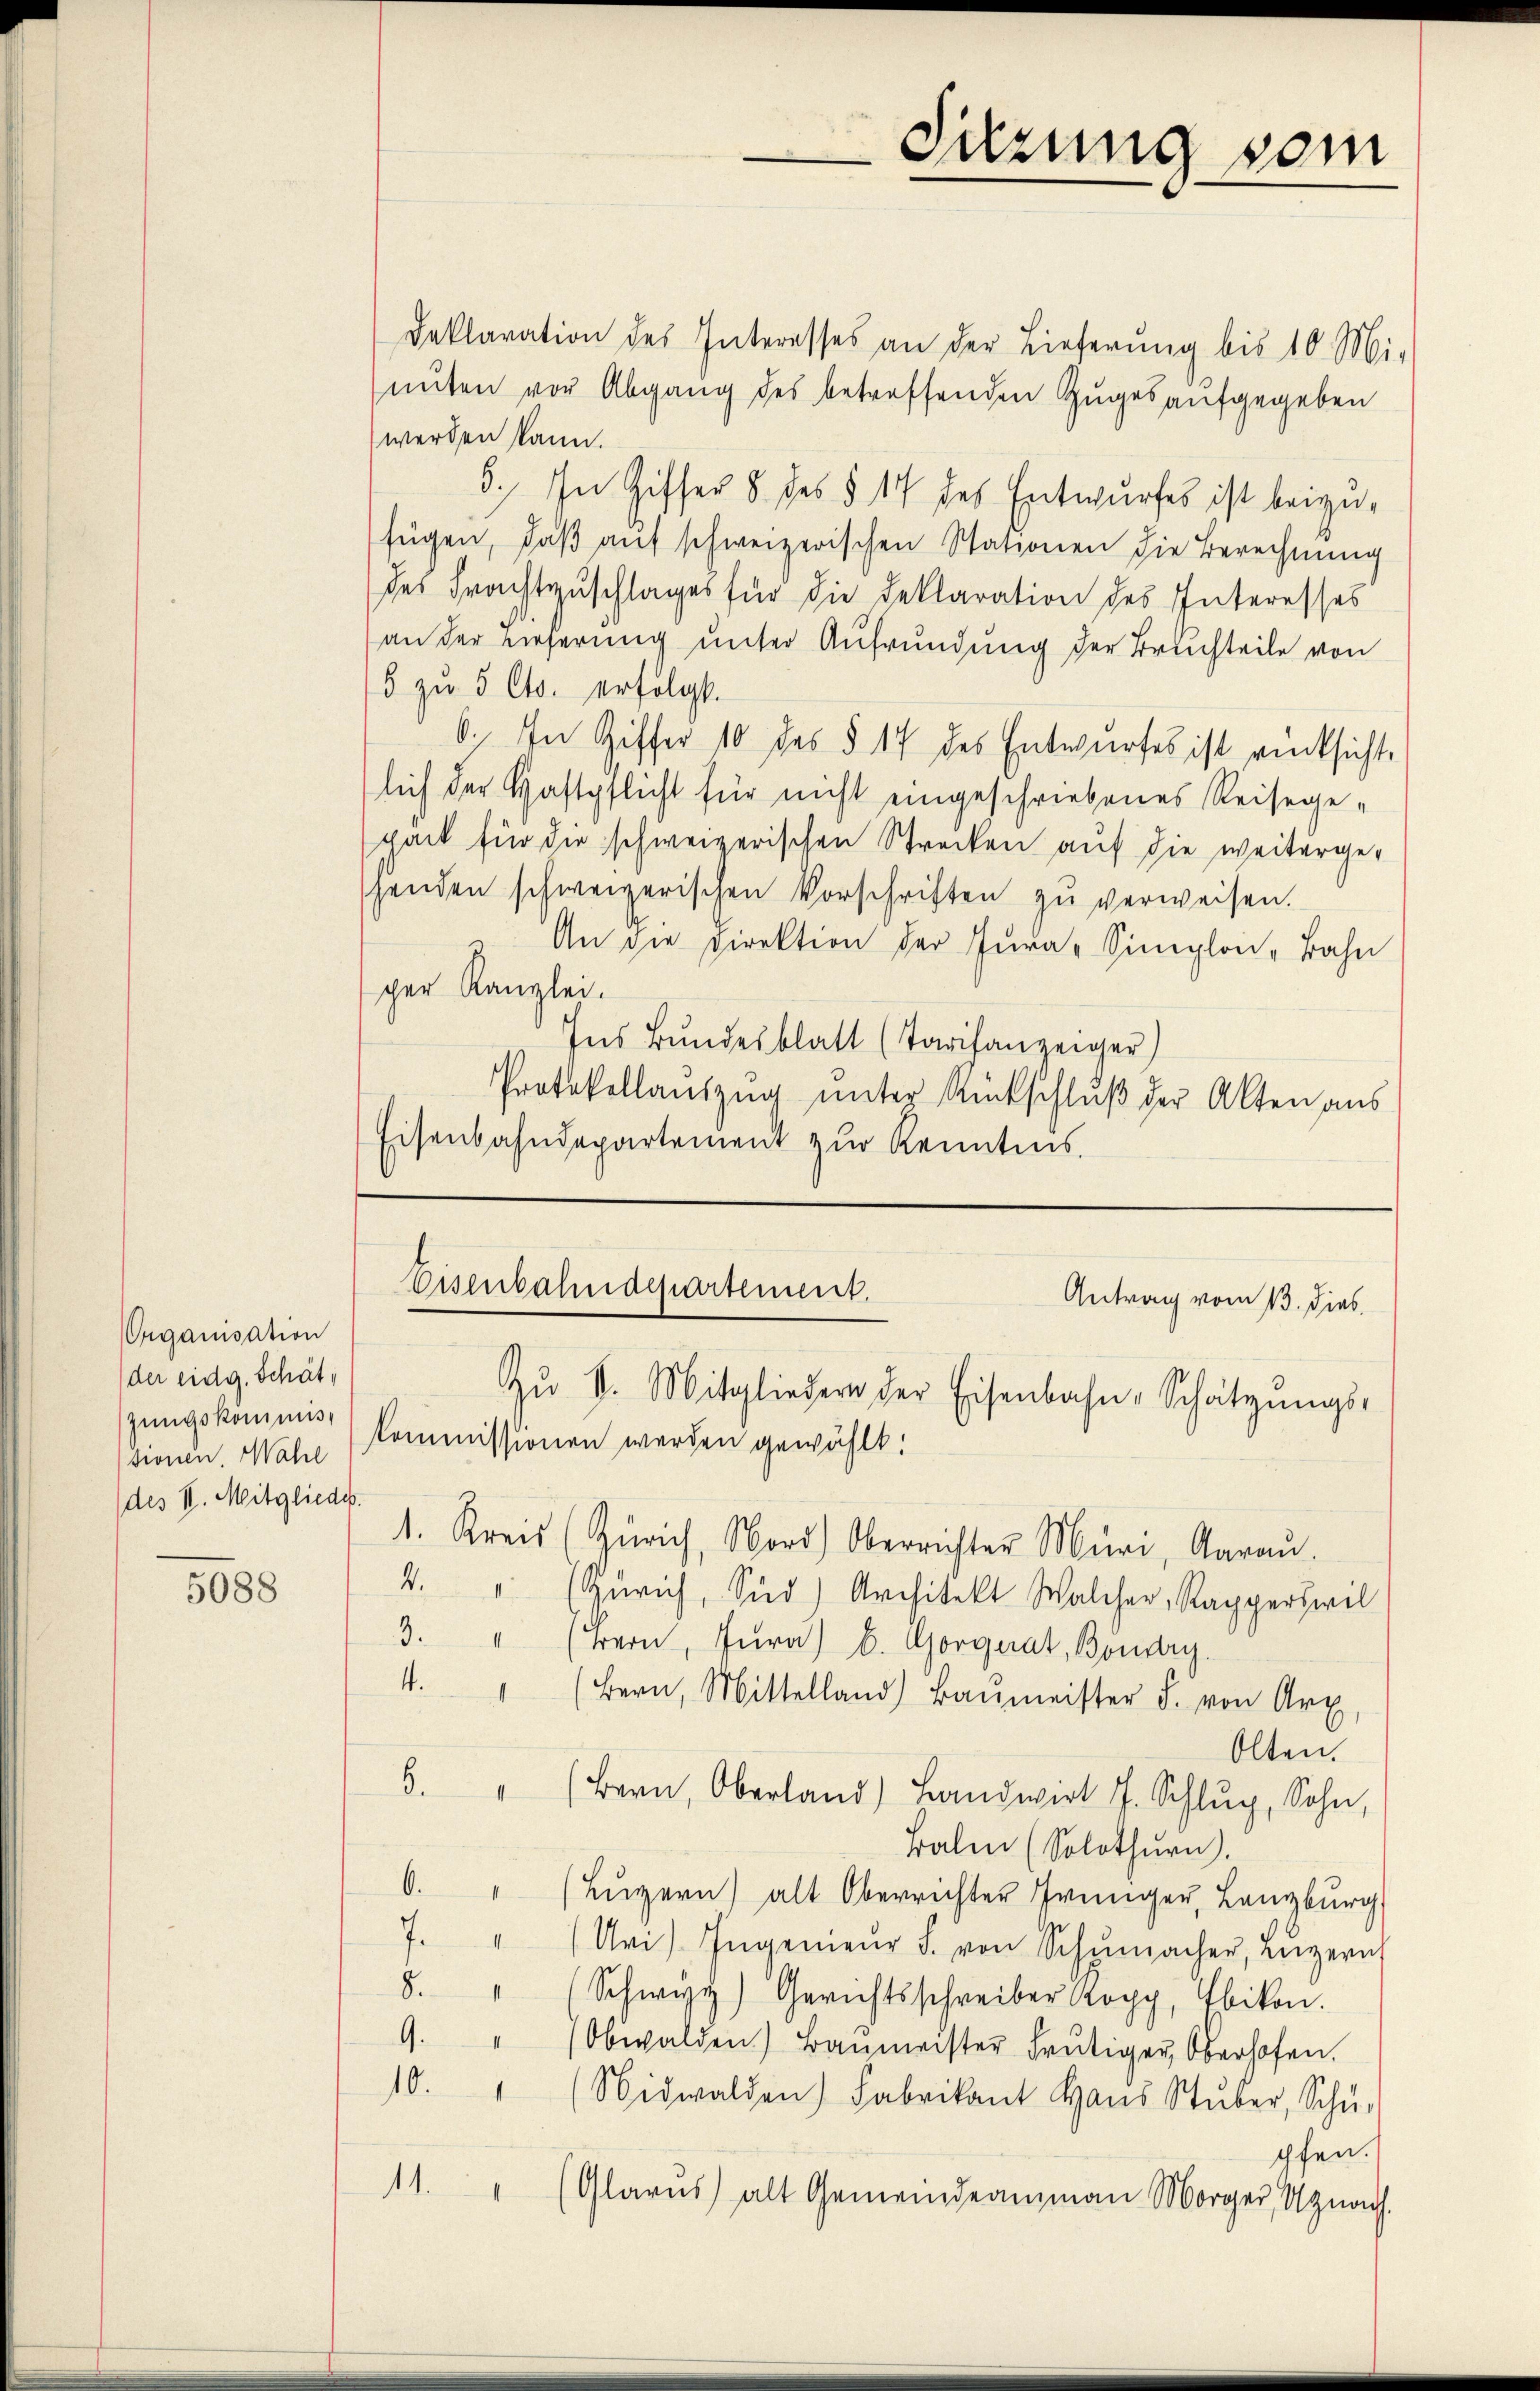
5088

Organisation
der eidg. Schätzungskommistionen. Wahl
des II. Mitglieder.

Deklaration des Interesses an der Lieferŭng bis 10 Mi-
nuten vor Abgang des betreffenden Zuges aufgegeben
werden kann.
5.) In Ziffer 8 des § 14 des Entwurfes ist beizufügen, daß auf schweizerischen Stationen die Berechnung
des Frachtzuschlages für die Deklaration des Interesses
an der Lieferung unter Aufrundung der Bruchteile von
5 zu 5 Cts. erfolgt.
6. In Ziffer 10 des § 17 des Entwurfes ist rücksichte
lich der Haftpflicht für nicht eingeschriebenes Reisege-
pack für die schweizerischen Strecken auf die weitergehenden schweizerischen Vorschriften zŭ verweisen.
An die Direktion der Jura-Simplon-Bahn
cher Kanzlei.
Ins Bundesblatt (Tarifanzeiger)
Protokollaŭszŭg ŭnter Rückschlŭβ der Akten aus
Eisenbahndepartement zur Kenntnis.

Sitzung vom

Eisenbahndepartement.
Antrag vom 13. dies
Zŭ V. Mitgliedern der Eisenbahn-Schatzŭngs-
kommissionen werden gewählt:

1. Kreis (Zürich, Nord) Oberrichter Muri, Aarau
4. " (Zürich, Süd) Architekt Walcher, Rapperswil
3. " (Bern, Jura) b. Gorgnat, Bondry.
4. " (Bern, Mittelland) Baŭmeister d. von Art
Olten.
3. " (Bern, Oberland) Landwirt J. Schlŭg, Sohn,
Balen (Solothurn.
A
Lŭzern) alt Oberrichter Frünger, Lanzburg
7. " (Uri). Ingenieŭr J. von Schŭmacher, Luzern
8. " (Schwyz) Gerichtsschreiber Kopp, Ebikon.
9.
Obwalden) Baŭmeister heŭtiger, Oberhofen.
10
Nidwalden) Fabrikant Hans Stŭber, Schŭ-
pfen.
11.
(Glarus alt Gemeindeammann Morger, Uznach.